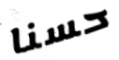
حسنا